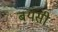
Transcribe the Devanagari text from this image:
बयसी